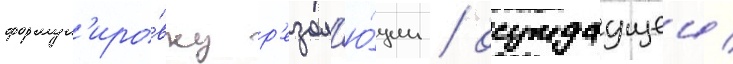
формул'иро́вку р'езол'ю́ции / осуждаущеи